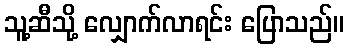
သူ့ဆီသို့ လျှောက်လာရင်း ပြောသည်။